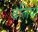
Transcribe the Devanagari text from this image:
बलियाँ